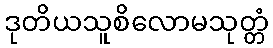
ဒုတိယသူစိလောမသုတ္တံ